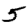
Digit: 5